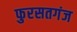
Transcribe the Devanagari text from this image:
फुरसतगंज